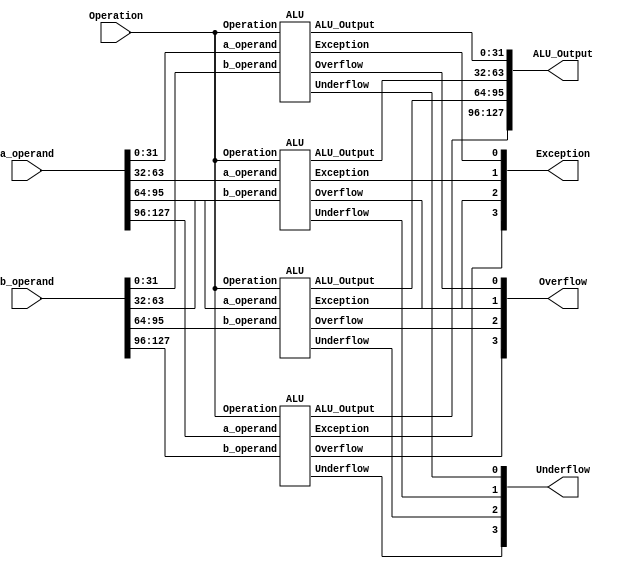
module Top_Module_4_ALU(
`ifdef USE_POWER_PINS
    inout vccd1,	// User area 1 1.8V supply
    inout vssd1,	// User area 1 digital ground
`endif
input [127:0] a_operand,
input [127:0] b_operand,
input [3:0]Operation,
output [127:0] ALU_Output,
output [3:0] Exception, Overflow,Underflow
);


//LSB
ALU ALU_1(
	.a_operand(a_operand[31:0]),
	.b_operand(b_operand[31:0]),
	.Operation(Operation),	
	.ALU_Output(ALU_Output[31:0]),
	.Exception(Exception[0]),
	.Overflow(Overflow[0]),
	.Underflow(Underflow[0])
	);

ALU ALU_2(
	.a_operand(a_operand[63:32]),
	.b_operand(b_operand[63:32]),
	.Operation(Operation),	
	.ALU_Output(ALU_Output[63:32]),
	.Exception(Exception[1]),
	.Overflow(Overflow[1]),
	.Underflow(Underflow[1])
	);

ALU ALU_3(
	.a_operand(a_operand[95:64]),
	.b_operand(b_operand[95:64]),
	.Operation(Operation),	
	.ALU_Output(ALU_Output[95:64]),
	.Exception(Exception[2]),
	.Overflow(Overflow[2]),
	.Underflow(Underflow[2])
	);

	//MSB
ALU ALU_4(
	.a_operand(a_operand[127:96]),
	.b_operand(b_operand[127:96]),
	.Operation(Operation),	
	.ALU_Output(ALU_Output[127:96]),
	.Exception(Exception[3]),
	.Overflow(Overflow[3]),
	.Underflow(Underflow[3])
	);
	

endmodule 

module ALU(
	input [31:0] a_operand,
	input [31:0] b_operand,
	input [3:0] Operation,	
	output reg [31:0] ALU_Output,
	output reg Exception,Overflow,Underflow
	);


wire [31:0] Add_Sub_A,Add_Sub_B,Mul_A,Mul_B,OR_Output,AND_Output,XOR_Output,L_S_Output,R_S_Output,Floating_Point;

wire Add_Sub_Exception,Mul_Exception,Mul_Overflow,Mul_Underflow,Div_Exception;

wire [31:0] Add_Sub_Output,Mul_Output,Integer_Value;

wire AddBar_Sub;

wire [31:0] Complement_output;

wire [32:0] int_add;
wire [31:0] int_sub;
wire [63:0] int_mult;
wire [31:0] int_div;

assign {Add_Sub_A,Add_Sub_B,AddBar_Sub} = (Operation == 4'd0) ? {a_operand,b_operand,1'b0} : {a_operand,b_operand,1'b1};

assign {Mul_A,Mul_B} = (Operation == 4'd1) ? {a_operand,b_operand} : 64'd0;


assign OR_Output = (Operation == 4'd4) ? a_operand | b_operand	: 32'd0;

assign AND_Output = (Operation == 4'd5) ? a_operand & b_operand	: 32'd0;

assign XOR_Output = (Operation == 4'd6) ? a_operand ^ b_operand: 32'd0;

assign L_S_Output = (Operation == 4'd7) ? a_operand << 1'b1 : 32'd0;

assign R_S_Output = (Operation == 4'd8) ? a_operand >> 1'b1	: 32'd0;

assign Floating_Point = (Operation == 4'd9) ? a_operand	: 32'd0;

assign Complement_output = (Operation == 4'd10) ? ~a_operand : 32'd0;
////////////////////////////Extra instructions//////////////////////////////////////////////////////////////////////////////
assign int_add = (Operation == 4'd11) ? a_operand + b_operand: 33'd0;
assign int_sub = (Operation == 4'd12) ? ((a_operand>b_operand)?(a_operand-b_operand):(b_operand-a_operand)): 32'd0;
assign int_mult = (Operation == 4'd13|Operation == 4'd14) ? a_operand * b_operand: 64'd0;



/////////////////////////////////////////////////////////////////////////////////////////////////////////////////////////////

Addition_Subtraction AuI(Add_Sub_A,Add_Sub_B,AddBar_Sub,Add_Sub_Exception,Add_Sub_Output);

Multiplication MuI(Mul_A,Mul_B,Mul_Exception,Mul_Overflow,Mul_Underflow,Mul_Output);


Floating_Point_to_Integer FuI(Floating_Point,Integer_Value);

/////////////////////////////////////////////////////////////////////////////////////////////////////////////////////////////

always@*
begin
	case(Operation)
	4'd0:  {Exception,Overflow,Underflow,ALU_Output} = {Add_Sub_Exception,1'b0,1'b0,Add_Sub_Output};
	4'd1:  {Exception,Overflow,Underflow,ALU_Output} = {Mul_Exception,Mul_Overflow,Mul_Underflow,Mul_Output};
	4'd3:	{Exception,Overflow,Underflow,ALU_Output} = {Add_Sub_Exception,1'b0,1'b0,Add_Sub_Output};
	4'd4:	{Exception,Overflow,Underflow,ALU_Output} = {1'b0,1'b0,1'b0,OR_Output};
	4'd5:	{Exception,Overflow,Underflow,ALU_Output} = {1'b0,1'b0,1'b0,AND_Output};
	4'd6:	{Exception,Overflow,Underflow,ALU_Output} = {1'b0,1'b0,1'b0,XOR_Output};
	4'd7:	{Exception,Overflow,Underflow,ALU_Output} = {1'b0,1'b0,1'b0,L_S_Output};
	4'd8:	{Exception,Overflow,Underflow,ALU_Output} = {1'b0,1'b0,1'b0,R_S_Output};
	4'd9:	{Exception,Overflow,Underflow,ALU_Output} = {1'b0,1'b0,1'b0,Integer_Value};
	4'd10:	{Exception,Overflow,Underflow,ALU_Output} = {1'b0,1'b0,1'b0,Complement_output};
	4'd11:	{Exception,Overflow,Underflow,ALU_Output} = {1'b0,int_add[32],1'b0,int_add[31:0]} ;
	4'd12:	{Exception,Overflow,Underflow,ALU_Output} = {1'b0,1'b0,1'b0,int_sub[31:0]};
	4'd13:	{Exception,Overflow,Underflow,ALU_Output} = {1'b0,1'b0,1'b0,int_mult[63:32]};
	4'd14:	{Exception,Overflow,Underflow,ALU_Output} = {1'b0,1'b0,1'b0,int_mult[31:0]};
	default:	{Exception,Overflow,Underflow,ALU_Output} = {1'b0,1'b0,1'b0,32'd0};
	
	endcase
end


/*
assign {Exception,Overflow,Underflow,ALU_Output} = (Operation == 4'd0) ? {Add_Sub_Exception,1'b0,1'b0,Add_Sub_Output}	: 35'dz;

assign {Exception,Overflow,Underflow,ALU_Output} = (Operation == 4'd1) ? {Mul_Exception,Mul_Overflow,Mul_Underflow,Mul_Output}	: 35'dz;

assign {Exception,Overflow,Underflow,ALU_Output} = (Operation == 4'd2) ? {Div_Exception,1'b0,1'b0,Div_Output}	: 35'dz;

assign {Exception,Overflow,Underflow,ALU_Output} = (Operation == 4'd3) ? {Add_Sub_Exception,1'b0,1'b0,Add_Sub_Output}	: 35'dz;

assign {Exception,Overflow,Underflow,ALU_Output} = (Operation == 4'd4) ? {1'b0,1'b0,1'b0,OR_Output}	: 35'dz;

assign {Exception,Overflow,Underflow,ALU_Output} = (Operation == 4'd5) ? {1'b0,1'b0,1'b0,AND_Output}	: 35'dz;

assign {Exception,Overflow,Underflow,ALU_Output} = (Operation == 4'd6) ? {1'b0,1'b0,1'b0,XOR_Output}	: 35'dz;

assign {Exception,Overflow,Underflow,ALU_Output} = (Operation == 4'd7) ? {1'b0,1'b0,1'b0,L_S_Output}	: 35'dz;

assign {Exception,Overflow,Underflow,ALU_Output} = (Operation == 4'd8) ? {1'b0,1'b0,1'b0,R_S_Output}	: 35'dz;

assign {Exception,Overflow,Underflow,ALU_Output} = (Operation == 4'd9) ? {1'b0,1'b0,1'b0,Integer_Value}	: 35'dz;

assign {Exception,Overflow,Underflow,ALU_Output} = (Operation == 4'd10) ? {1'b0,1'b0,1'b0,Complement_output} : 35'dz;

////////////////////////////Extra instructions//////////////////////////////////////////////////////////////////////////////
assign {Exception,Overflow,Underflow,ALU_Output} = (Operation == 4'd11) ? {1'b0,int_add[32],1'b0,int_add[31:0]} : 35'dz; //Overflow output = Carry output

assign {Exception,Overflow,Underflow,ALU_Output} = (Operation == 4'd12) ? {1'b0,1'b0,1'b0,int_sub[31:0]} : 35'dz;
assign {Exception,Overflow,Underflow,ALU_Output} = (Operation == 4'd13) ? {1'b0,1'b0,1'b0,int_mult[63:32]} : 35'dz;
assign {Exception,Overflow,Underflow,ALU_Output} = (Operation == 4'd14) ? {1'b0,1'b0,1'b0,int_mult[31:0]} : 35'dz;
assign {Exception,Overflow,Underflow,ALU_Output} = (Operation == 4'd15) ? {1'b0,1'b0,1'b0,32'd0} : 35'dz;
*/

endmodule 


module Addition_Subtraction(
input [31:0] a_operand,b_operand, //Inputs in the format of IEEE-754 Representation.
input AddBar_Sub,				  //If Add_Sub is low then Addition else Subtraction.
output Exception,
output [31:0] result              //Outputs in the format of IEEE-754 Representation.
);

wire operation_sub_addBar;
wire Comp_enable;
wire output_sign;

wire [31:0] operand_a,operand_b;
wire [23:0] significand_a,significand_b;
wire [7:0] exponent_diff;


wire [23:0] significand_b_add_sub;
wire [7:0] exponent_b_add_sub;

wire [24:0] significand_add;
wire [30:0] add_sum;

wire [23:0] significand_sub_complement;
wire [24:0] significand_sub;
wire [30:0] sub_diff;
wire [24:0] subtraction_diff; 
wire [7:0] exponent_sub;

//for operations always operand_a must not be less than b_operand
assign {Comp_enable,operand_a,operand_b} = (a_operand[30:0] < b_operand[30:0]) ? {1'b1,b_operand,a_operand} : {1'b0,a_operand,b_operand};

assign exp_a = operand_a[30:23];
assign exp_b = operand_b[30:23];

//Exception flag sets 1 if either one of the exponent is 255.
assign Exception = (&operand_a[30:23]) | (&operand_b[30:23]);

assign output_sign = AddBar_Sub ? Comp_enable ? !operand_a[31] : operand_a[31] : operand_a[31] ;

assign operation_sub_addBar = AddBar_Sub ? operand_a[31] ^ operand_b[31] : ~(operand_a[31] ^ operand_b[31]);

//Assigining significand values according to Hidden Bit.
//If exponent is equal to zero then hidden bit will be 0 for that respective significand else it will be 1
assign significand_a = (|operand_a[30:23]) ? {1'b1,operand_a[22:0]} : {1'b0,operand_a[22:0]};
assign significand_b = (|operand_b[30:23]) ? {1'b1,operand_b[22:0]} : {1'b0,operand_b[22:0]};

//Evaluating Exponent Difference
assign exponent_diff = operand_a[30:23] - operand_b[30:23];

//Shifting significand_b according to exponent_diff
assign significand_b_add_sub = significand_b >> exponent_diff;

assign exponent_b_add_sub = operand_b[30:23] + exponent_diff; 

//Checking exponents are same or not
assign perform = (operand_a[30:23] == exponent_b_add_sub);

///////////////////////////////////////////////////////////////////////////////////////////////////////
//------------------------------------------------ADD BLOCK------------------------------------------//

assign significand_add = (perform & operation_sub_addBar) ? (significand_a + significand_b_add_sub) : 25'd0; 

//Result will be equal to Most 23 bits if carry generates else it will be Least 22 bits.
assign add_sum[22:0] = significand_add[24] ? significand_add[23:1] : significand_add[22:0];

//If carry generates in sum value then exponent must be added with 1 else feed as it is.
assign add_sum[30:23] = significand_add[24] ? (1'b1 + operand_a[30:23]) : operand_a[30:23];

///////////////////////////////////////////////////////////////////////////////////////////////////////
//------------------------------------------------SUB BLOCK------------------------------------------//

assign significand_sub_complement = (perform & !operation_sub_addBar) ? ~(significand_b_add_sub) + 24'd1 : 24'd0 ; 

assign significand_sub = perform ? (significand_a + significand_sub_complement) : 25'd0;

priority_encoder pe(significand_sub,operand_a[30:23],subtraction_diff,exponent_sub);

assign sub_diff[30:23] = exponent_sub;

assign sub_diff[22:0] = subtraction_diff[22:0];

///////////////////////////////////////////////////////////////////////////////////////////////////////
//-------------------------------------------------OUTPUT--------------------------------------------//

//If there is no exception and operation will evaluate


assign result = Exception ? 32'b0 : ((!operation_sub_addBar) ? {output_sign,sub_diff} : {output_sign,add_sum});

endmodule




module Floating_Point_to_Integer(
		input [31:0] a_operand,
		output [31:0] Integer
		);

reg [23:0] Integer_Value;

always @(*)
begin
	if (a_operand[30:23] == 8'd127)
			begin
				Integer_Value = 23'd0;
			end

	else if (a_operand[30:23] == 8'd128)
			begin
				Integer_Value = {a_operand[22],22'd0};
				 
			end

	else if (a_operand[30:23] == 8'd129)
			begin
				Integer_Value = {a_operand[22:21],21'd0};
				 
			end

	else if (a_operand[30:23] == 8'd130)
			begin
				Integer_Value = {a_operand[22:20],20'd0};
				 
			end

	else if (a_operand[30:23] == 8'd131)
			begin
				Integer_Value = {a_operand[22:19],19'd0};
				 
			end

	else if (a_operand[30:23] == 8'd132)
			begin
				Integer_Value = {a_operand[22:18],18'd0};
				 
			end

	else if (a_operand[30:23] == 8'd133)
			begin
				Integer_Value = {a_operand[22:17],17'd0};
				 
			end

	else if (a_operand[30:23] == 8'd134)
			begin
				Integer_Value = {a_operand[22:16],16'd0};
				 
			end

	else if (a_operand[30:23] == 8'd135)
			begin
				Integer_Value = {a_operand[22:15],15'd0};
				 
			end

	else if (a_operand[30:23] == 8'd136)
			begin
				Integer_Value = {a_operand[22:14],14'd0};
				 
			end

	else if (a_operand[30:23] == 8'd137)
			begin
				Integer_Value = {a_operand[22:13],13'd0};
				 
			end

	else if (a_operand[30:23] == 8'd138)
			begin
				Integer_Value = {a_operand[22:12],12'd0};
				 
			end

	else if (a_operand[30:23] == 8'd139)
			begin
				Integer_Value = {a_operand[22:11],11'd0};
				 
			end

	else if (a_operand[30:23] == 8'd140)
			begin
				Integer_Value = {a_operand[22:10],10'd0};
				 
			end

	else if (a_operand[30:23] == 8'd141)
			begin
				Integer_Value = {a_operand[22:9],9'd0};
				 
			end

	else if (a_operand[30:23] == 8'd142)
			begin
				Integer_Value = {a_operand[22:8],8'd0};
				 
			end

	else if (a_operand[30:23] == 8'd143)
			begin
				Integer_Value = {a_operand[22:7],7'd0};
				 
			end

	else if (a_operand[30:23] == 8'd144)
			begin
				Integer_Value = {a_operand[22:6],6'd0};
				 
			end

	else if (a_operand[30:23] == 8'd145)
			begin
				Integer_Value = {a_operand[22:5],5'd0};
				 
			end

	else if (a_operand[30:23] == 8'd146)
			begin
				Integer_Value = {a_operand[22:4],4'd0};
				 
			end

	else if (a_operand[30:23] == 8'd147)
			begin
				Integer_Value = {a_operand[22:3],3'd0};
				 
			end

	else if (a_operand[30:23] == 8'd148)
			begin
				Integer_Value = {a_operand[22:2],2'd0};
				 
			end

	else if (a_operand[30:23] == 8'd149)
			begin
				Integer_Value = {a_operand[22:1],1'd0};
				 
			end

	else if (a_operand[30:23] >= 8'd150)
			begin
				Integer_Value = a_operand[22:0];
				 
			end

	else if (a_operand[30:23] <= 8'd126)
			begin
				Integer_Value = 24'd0;
				 
			end
end

assign Integer = {a_operand[31:23],Integer_Value[23:1]};

endmodule



module Division(
	input [31:0] a_operand,
	input [31:0] b_operand,
	output Exception,
	output [31:0] result
);

wire sign;
wire [7:0] shift;
wire [7:0] exponent_a;
wire [31:0] divisor;
wire [31:0] operand_a;
wire [31:0] Intermediate_X0;
wire [31:0] Iteration_X0;
wire [31:0] Iteration_X1;
wire [31:0] Iteration_X2;
wire [31:0] Iteration_X3;
wire [31:0] solution;

wire [31:0] denominator;
wire [31:0] operand_a_change;

assign Exception = (&a_operand[30:23]) | (&b_operand[30:23]);

assign sign = a_operand[31] ^ b_operand[31];

assign shift = 8'd126 - b_operand[30:23];

assign divisor = {1'b0,8'd126,b_operand[22:0]};

assign denominator = divisor;

assign exponent_a = a_operand[30:23] + shift;

assign operand_a = {a_operand[31],exponent_a,a_operand[22:0]};

assign operand_a_change = operand_a;

//32'hC00B_4B4B = (-37)/17
Multiplication x0(32'hC00B_4B4B,divisor,,,,Intermediate_X0);

//32'h4034_B4B5 = 48/17
Addition_Subtraction X0(Intermediate_X0,32'h4034_B4B5,1'b0,,Iteration_X0);

Iteration X1(Iteration_X0,divisor,Iteration_X1);

Iteration X2(Iteration_X1,divisor,Iteration_X2);

Iteration X3(Iteration_X2,divisor,Iteration_X3);

Multiplication END(Iteration_X3,operand_a,,,,solution);

assign result = {sign,solution[30:0]};
endmodule

module Iteration(
	input [31:0] operand_1,
	input [31:0] operand_2,
	output [31:0] solution
	);

wire [31:0] Intermediate_Value1,Intermediate_Value2;

Multiplication M1(operand_1,operand_2,,,,Intermediate_Value1);

//32'h4000_0000 -> 2.
Addition_Subtraction A1(32'h4000_0000,{1'b1,Intermediate_Value1[30:0]},1'b0,,Intermediate_Value2);

Multiplication M2(operand_1,Intermediate_Value2,,,,solution);

endmodule



module Multiplication(
		input [31:0] a_operand,
		input [31:0] b_operand,
		output Exception,Overflow,Underflow,
		output [31:0] result
		);

wire sign,product_round,normalised,zero;
wire [8:0] exponent,sum_exponent;
wire [22:0] product_mantissa;
wire [23:0] operand_a,operand_b;
wire [47:0] product,product_normalised; //48 Bits


assign sign = a_operand[31] ^ b_operand[31];

//Exception flag sets 1 if either one of the exponent is 255.
assign Exception = (&a_operand[30:23]) | (&b_operand[30:23]);

//Assigining significand values according to Hidden Bit.
//If exponent is equal to zero then hidden bit will be 0 for that respective significand else it will be 1

assign operand_a = (|a_operand[30:23]) ? {1'b1,a_operand[22:0]} : {1'b0,a_operand[22:0]};

assign operand_b = (|b_operand[30:23]) ? {1'b1,b_operand[22:0]} : {1'b0,b_operand[22:0]};

assign product = operand_a * operand_b;			//Calculating Product

assign product_round = |product_normalised[22:0];  //Ending 22 bits are OR'ed for rounding operation.

assign normalised = product[47] ? 1'b1 : 1'b0;	

assign product_normalised = normalised ? product : product << 1;	//Assigning Normalised value based on 48th bit

//Final Manitssa.
assign product_mantissa = product_normalised[46:24] + {21'b0,(product_normalised[23] & product_round)};

assign zero = Exception ? 1'b0 : (product_mantissa == 23'd0) ? 1'b1 : 1'b0;

assign sum_exponent = a_operand[30:23] + b_operand[30:23];

assign exponent = sum_exponent - 8'd127 + normalised;

assign Overflow = ((exponent[8] & !exponent[7]) & !zero) ; //If overall exponent is greater than 255 then Overflow condition.
//Exception Case when exponent reaches its maximu value that is 384.

//If sum of both exponents is less than 127 then Underflow condition.
assign Underflow = ((exponent[8] & exponent[7]) & !zero) ? 1'b1 : 1'b0; 

assign result = Exception ? 32'd0 : zero ? {sign,31'd0} : Overflow ? {sign,8'hFF,23'd0} : Underflow ? {sign,31'd0} : {sign,exponent[7:0],product_mantissa};


endmodule


module priority_encoder(
			input [24:0] significand,
			input [7:0] Exponent_a,
			output reg [24:0] Significand,
			output [7:0] Exponent_sub
			);

reg [4:0] shift;

always @(significand)
begin
	casex (significand)
		25'b1_1xxx_xxxx_xxxx_xxxx_xxxx_xxxx :	begin
													Significand = significand;
									 				shift = 5'd0;
								 			  	end
		25'b1_01xx_xxxx_xxxx_xxxx_xxxx_xxxx : 	begin						
										 			Significand = significand << 1;
									 				shift = 5'd1;
								 			  	end

		25'b1_001x_xxxx_xxxx_xxxx_xxxx_xxxx : 	begin						
										 			Significand = significand << 2;
									 				shift = 5'd2;
								 				end

		25'b1_0001_xxxx_xxxx_xxxx_xxxx_xxxx : 	begin 							
													Significand = significand << 3;
								 	 				shift = 5'd3;
								 				end

		25'b1_0000_1xxx_xxxx_xxxx_xxxx_xxxx : 	begin						
									 				Significand = significand << 4;
								 	 				shift = 5'd4;
								 				end

		25'b1_0000_01xx_xxxx_xxxx_xxxx_xxxx : 	begin						
									 				Significand = significand << 5;
								 	 				shift = 5'd5;
								 				end

		25'b1_0000_001x_xxxx_xxxx_xxxx_xxxx : 	begin						// 24'h020000
									 				Significand = significand << 6;
								 	 				shift = 5'd6;
								 				end

		25'b1_0000_0001_xxxx_xxxx_xxxx_xxxx : 	begin						// 24'h010000
									 				Significand = significand << 7;
								 	 				shift = 5'd7;
								 				end

		25'b1_0000_0000_1xxx_xxxx_xxxx_xxxx : 	begin						// 24'h008000
									 				Significand = significand << 8;
								 	 				shift = 5'd8;
								 				end

		25'b1_0000_0000_01xx_xxxx_xxxx_xxxx : 	begin						// 24'h004000
									 				Significand = significand << 9;
								 	 				shift = 5'd9;
								 				end

		25'b1_0000_0000_001x_xxxx_xxxx_xxxx : 	begin						// 24'h002000
									 				Significand = significand << 10;
								 	 				shift = 5'd10;
								 				end

		25'b1_0000_0000_0001_xxxx_xxxx_xxxx : 	begin						// 24'h001000
									 				Significand = significand << 11;
								 	 				shift = 5'd11;
								 				end

		25'b1_0000_0000_0000_1xxx_xxxx_xxxx : 	begin						// 24'h000800
									 				Significand = significand << 12;
								 	 				shift = 5'd12;
								 				end

		25'b1_0000_0000_0000_01xx_xxxx_xxxx : 	begin						// 24'h000400
									 				Significand = significand << 13;
								 	 				shift = 5'd13;
								 				end

		25'b1_0000_0000_0000_001x_xxxx_xxxx : 	begin						// 24'h000200
									 				Significand = significand << 14;
								 	 				shift = 5'd14;
								 				end

		25'b1_0000_0000_0000_0001_xxxx_xxxx  : 	begin						// 24'h000100
									 				Significand = significand << 15;
								 	 				shift = 5'd15;
								 				end

		25'b1_0000_0000_0000_0000_1xxx_xxxx : 	begin						// 24'h000080
									 				Significand = significand << 16;
								 	 				shift = 5'd16;
								 				end

		25'b1_0000_0000_0000_0000_01xx_xxxx : 	begin						// 24'h000040
											 		Significand = significand << 17;
										 	 		shift = 5'd17;
												end

		25'b1_0000_0000_0000_0000_001x_xxxx : 	begin						// 24'h000020
									 				Significand = significand << 18;
								 	 				shift = 5'd18;
								 				end

		25'b1_0000_0000_0000_0000_0001_xxxx : 	begin						// 24'h000010
									 				Significand = significand << 19;
								 	 				shift = 5'd19;
												end

		25'b1_0000_0000_0000_0000_0000_1xxx :	begin						// 24'h000008
									 				Significand = significand << 20;
								 					shift = 5'd20;
								 				end

		25'b1_0000_0000_0000_0000_0000_01xx : 	begin						// 24'h000004
									 				Significand = significand << 21;
								 	 				shift = 5'd21;
								 				end

		25'b1_0000_0000_0000_0000_0000_001x : 	begin						// 24'h000002
									 				Significand = significand << 22;
								 	 				shift = 5'd22;
								 				end

		25'b1_0000_0000_0000_0000_0000_0001 : 	begin						// 24'h000001
									 				Significand = significand << 23;
								 	 				shift = 5'd23;
								 				end

		25'b1_0000_0000_0000_0000_0000_0000 : 	begin						// 24'h000000
								 					Significand = significand << 24;
							 	 					shift = 5'd24;
								 				end
		default : 	begin
						Significand = (~significand) + 1'b1;
						shift = 8'd0;
					end

	endcase
end
assign Exponent_sub = Exponent_a - shift;

endmodule